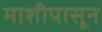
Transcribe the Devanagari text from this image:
माशीपासून